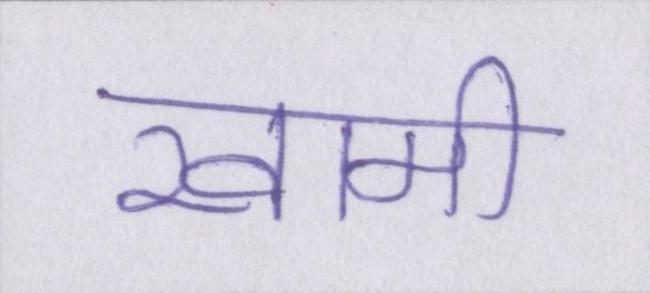
खामी